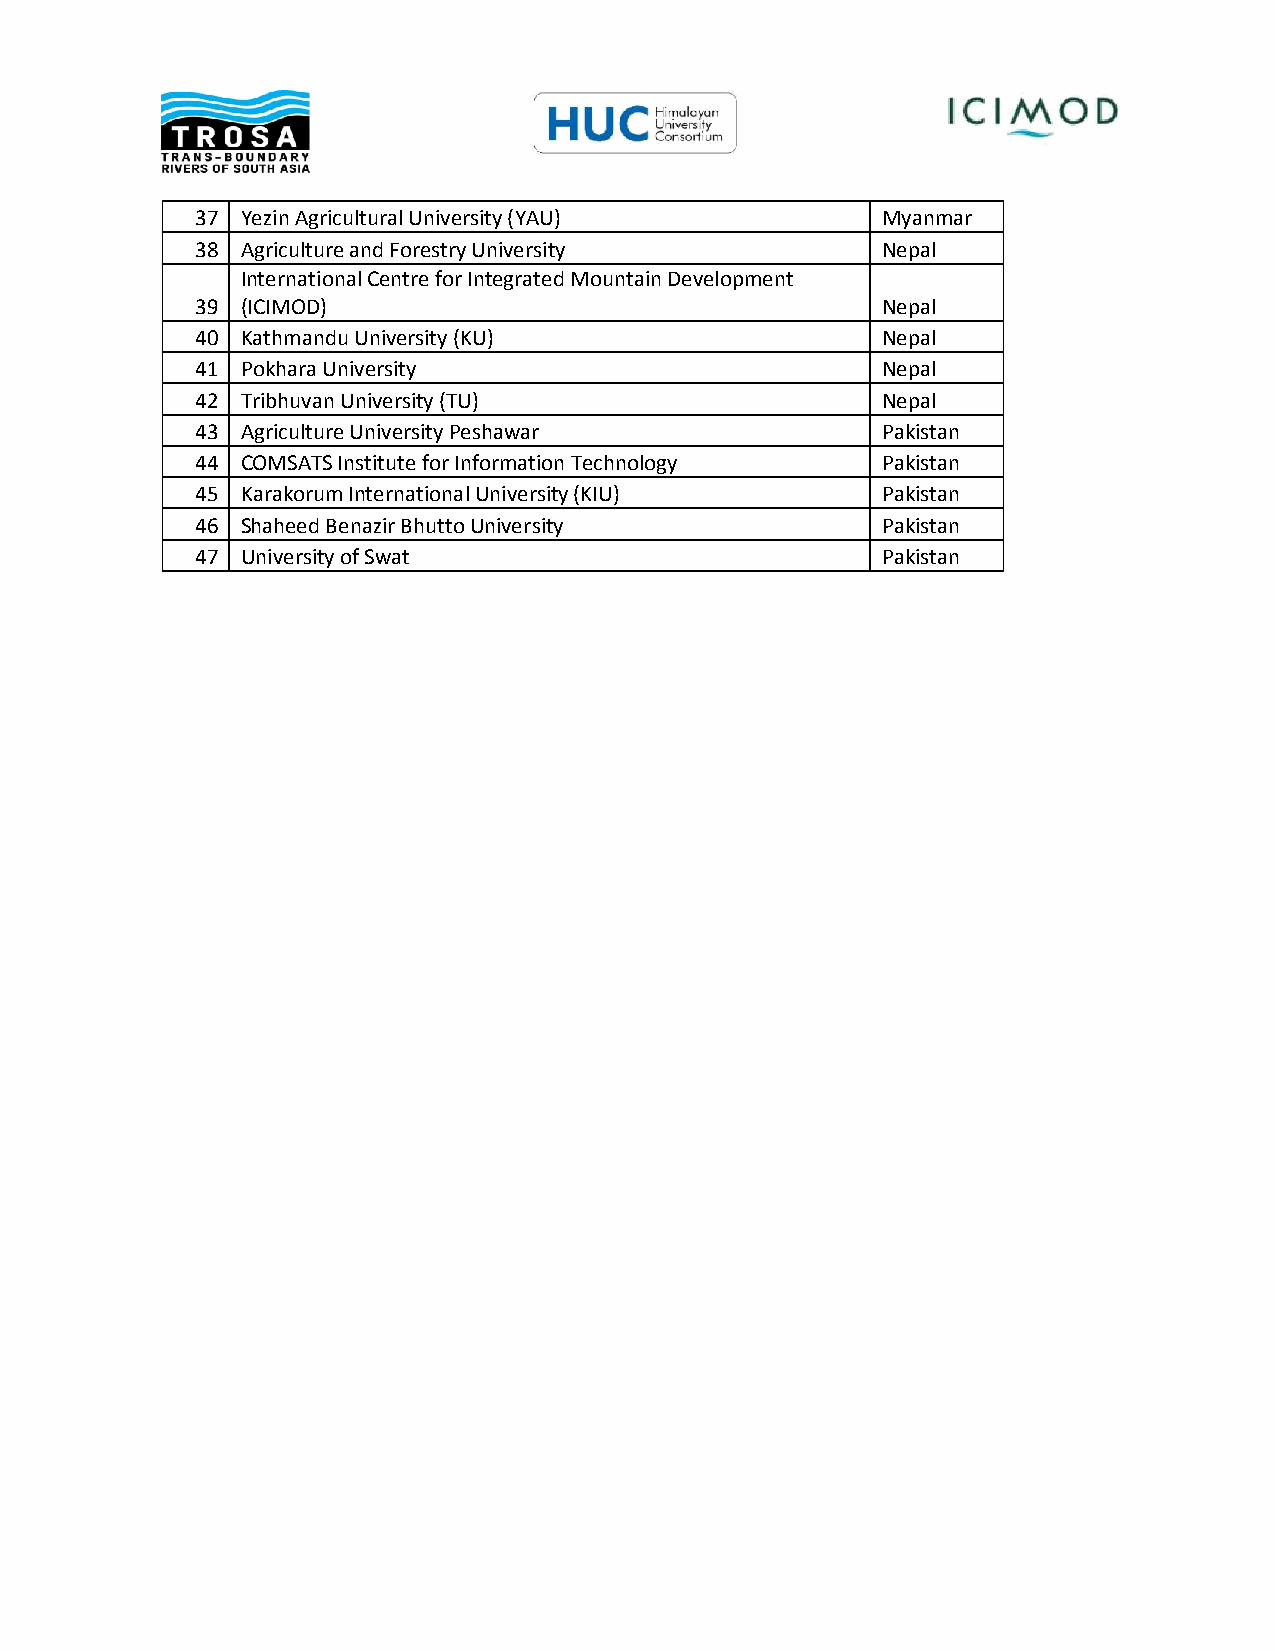
37 Yezin Agricultural University (YAU)       Myanmar
 38 Agriculture and Forestry University       Nepal
 International Centre for Integrated Mountain Development
 39 (ICIMOD)                                  Nepal
 40 Kathmandu University (KU)                 Nepal
 41 Pokhara University                        Nepal
 42 Tribhuvan University (TU)                 Nepal
 43 Agriculture University Peshawar           Pakistan
 44 COMSATS Institute for Information Technology Pakistan
 45 Karakorum International University (KIU)  Pakistan
 46 Shaheed Benazir Bhutto University         Pakistan
 47 University of Swat                        Pakistan